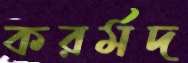
করর্মদ